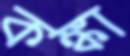
কঙ্কা